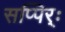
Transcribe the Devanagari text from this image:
सप्पिर्ः